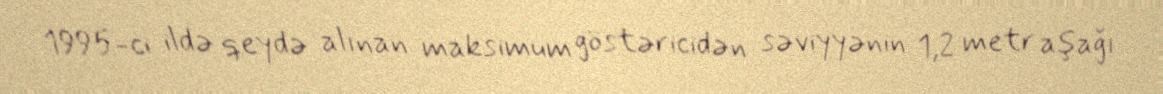
1995-ci ildə qeydə alınan maksimum göstəricidən səviyyənin 1,2 metr aşağı